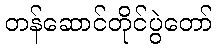
တန်ဆောင်တိုင်ပွဲတော်